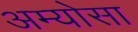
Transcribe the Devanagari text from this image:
अम्योसा